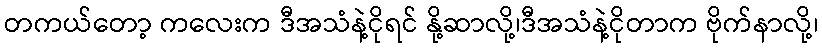
တကယ်တော့ ကလေးက ဒီအသံနဲ့ငိုရင် နို့ဆာလို့၊ဒီအသံနဲ့ငိုတာက ဗိုက်နာလို့၊